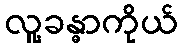
လူ့ခန္ဓာကိုယ်